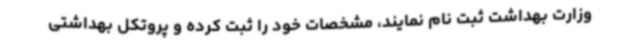
وزارت بهداشت ثبت نام نمایند، مشخصات خود را ثبت کرده و پروتکل بهداشتی